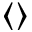
\left\langle \right\rangle